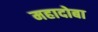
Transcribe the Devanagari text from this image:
महादोबा